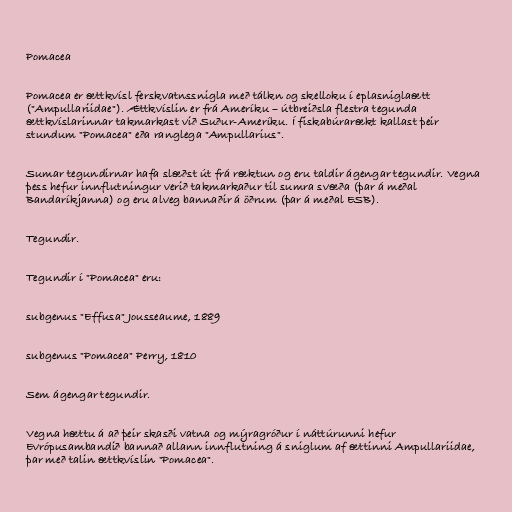
Pomacea

Pomacea er ættkvísl ferskvatnssnigla með tálkn og skelloku í eplasniglaætt
("Ampullariidae"). Ættkvíslin er frá Ameríku – útbreiðsla flestra tegunda
ættkvíslarinnar takmarkast við Suður-Ameríku. Í fiskabúrarækt kallast þeir
stundum "Pomacea" eða ranglega "Ampullarius".

Sumar tegundirnar hafa slæðst út frá ræktun og eru taldir ágengar tegundir. Vegna
þess hefur innflutningur verið takmarkaður til sumra svæða (þar á meðal
Bandaríkjanna) og eru alveg bannaðir á öðrum (þar á meðal ESB).

Tegundir.

Tegundir í "Pomacea" eru:

subgenus "Effusa" Jousseaume, 1889

subgenus "Pomacea" Perry, 1810

Sem ágengar tegundir.

Vegna hættu á að þeir skasði vatna og mýragróður í náttúrunni hefur
Evrópusambandið bannað allann innflutning á sniglum af ættinni Ampullariidae,
þar með talin ættkvíslin "Pomacea".